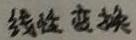
线性变换